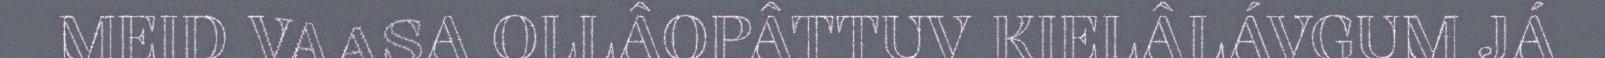
MEID VAASA OLLÂOPÂTTUV KIELÂLÁVGUM JÁ